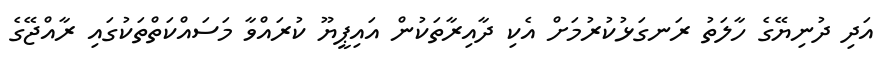
އަދި ދުނިޔޭގެ ހާލަތު ރަނގަޅުކުރުމަށް އެކި ދާއިރާތަކުން އައިޕީޔޫ ކުރައްވާ މަސައްކަތްތަކުގައި ރާއްޖޭގެ